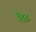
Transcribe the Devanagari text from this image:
द्विद्र